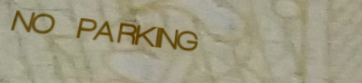
NO PARKING